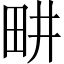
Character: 畊